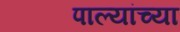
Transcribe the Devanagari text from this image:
पाल्यांच्या